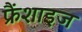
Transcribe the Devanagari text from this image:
फ्रैंशाइज